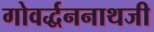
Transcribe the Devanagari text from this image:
गोवर्द्धननाथजी